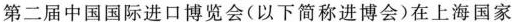
第二届中国国际进口博览会(以下简称进博会)在上海国家